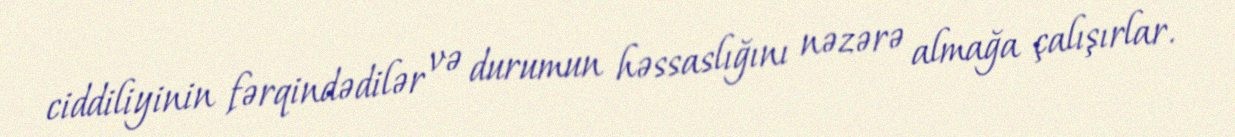
ciddiliyinin fərqindədilər və durumun həssaslığını nəzərə almağa çalışırlar.